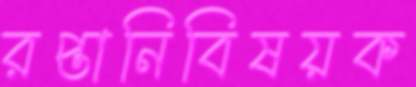
রপ্তানিবিষয়ক